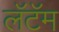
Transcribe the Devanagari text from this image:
लॅटॅम